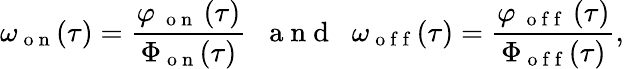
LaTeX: \omega_{\mathrm{~o~n~}}(\tau)=\frac{\varphi_{\mathrm{~\mathrm{~o~n~}~}}(\tau)}{\Phi_{\mathrm{~o~n~}}(\tau)}\; \; \mathrm{~a~n~d~}\; \; \omega_{\mathrm{~o~f~f~}}(\tau)=\frac{\varphi_{\mathrm{~\mathrm{~o~f~f~}~}}(\tau)}{\Phi_{\mathrm{~o~f~f~}}(\tau)},